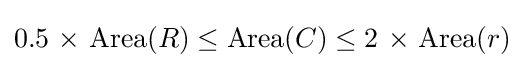
0.5{\text{ × Area}}(R)\leq {\text{Area}}(C)\leq 2{\text{ × Area}}(r)